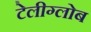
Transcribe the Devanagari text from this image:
टेलीग्लोब